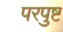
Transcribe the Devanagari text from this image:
परपुष्ट